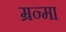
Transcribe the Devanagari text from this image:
म्रन्मा